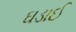
ઘડાઈ